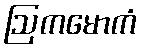
ဩကမောကံ